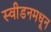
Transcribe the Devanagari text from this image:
स्वीडनमधून